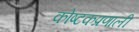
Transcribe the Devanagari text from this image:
कोष्टकप्रणाली